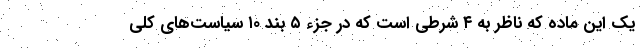
یک این ماده که ناظر به ۴ شرطی است که در جزء ۵ بند ۱۰ سیاست‌های کلی